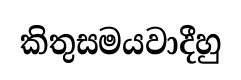
කිතුසමයවාදීහු